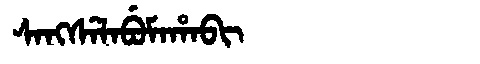
Manchu: ᠰᠠᠩᠰᡝᠯᠠᠪᡠᠮᠠᡥᠠᠪᡳ
Romanization: SANGSELABUMAHABI